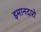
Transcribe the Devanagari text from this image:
इमानदारो